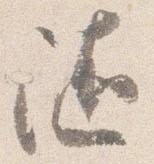
随